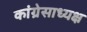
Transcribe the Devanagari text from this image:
कांग्रेसाध्यक्ष